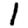
Digit: 1